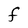
Character: f